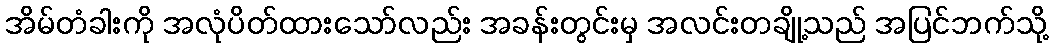
အိမ်တံခါးကို အလုံပိတ်ထားသော်လည်း အခန်းတွင်းမှ အလင်းတချို့သည် အပြင်ဘက်သို့